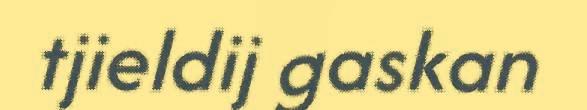
tjieldij gaskan